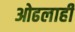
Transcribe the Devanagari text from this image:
ओढलाही